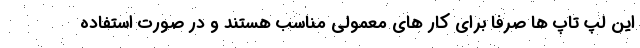
این لپ تاپ ها صرفا برای کار های معمولی مناسب هستند و در صورت استفاده